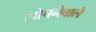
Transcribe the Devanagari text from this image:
सोचनेवाले